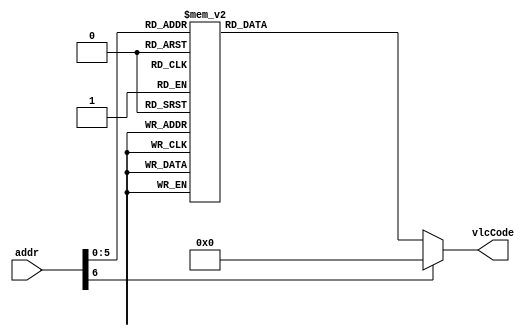
`timescale 1ns / 1ps
//////////////////////////////////////////////////////////////////////////////////
// Company: 
// Engineer: 
// 
// Design Name: 
// Module Name: coeffTokenNumVlcTwo
// Project Name: 
// Target Devices: 
// Tool Versions: 
// Description: 
// 
// Dependencies: 
// 
// Revision:
// Revision 0.01 - File Created
// Additional Comments:
// 
//////////////////////////////////////////////////////////////////////////////////


module coeffTokenNumVlcTwo #(parameter aWIDTH= 7 , vcWIDTH= 8)(
input       [aWIDTH-1  :0] addr,
output  reg [vcWIDTH -1:0] vlcCode
    );
    
    
    always @(*)begin
      case(addr)
                                             // The length is reduced by one from the original size to save the resources 
                                             // if the length is zero and the value is zero this means that no output in the vlc or it's not a cas 
             // T1s =0   NZQs                length-1   value                    
               {2'h0  ,  5'd0}   : vlcCode = {4'd3 ,  4'b1111} ;           // str= "1111"      
               {2'h0  ,  5'd1 }  : vlcCode = {4'd5 ,  4'b1111} ;           // str= "001111"      
               {2'h0  ,  5'd2 }  : vlcCode = {4'd5 ,  4'b1011} ;           // str= "001011"      
               {2'h0  ,  5'd3 }  : vlcCode = {4'd5 ,  4'b1000} ;           // str= "001000"      
               {2'h0  ,  5'd4 }  : vlcCode = {4'd6 ,  4'b1111} ;           // str= "0001111"     
               {2'h0  ,  5'd5 }  : vlcCode = {4'd6 ,  4'b1011} ;           // str= "0001011"     
               {2'h0  ,  5'd6 }  : vlcCode = {4'd6 ,  4'b1001} ;           // str= "0001001"     
               {2'h0  ,  5'd7 }  : vlcCode = {4'd6 ,  4'b1000} ;           // str= "0001000"     
               {2'h0  ,  5'd8 }  : vlcCode = {4'd7 ,  4'b1111} ;           // str= "00001111"    
               {2'h0  ,  5'd9 }  : vlcCode = {4'd7 ,  4'b1011} ;           // str= "00001011"    
               {2'h0  ,  5'd10}  : vlcCode = {4'd8 ,  4'b1111} ;           // str= "000001111"   
               {2'h0  ,  5'd11}  : vlcCode = {4'd8 ,  4'b1011} ;           // str= "000001011"   
               {2'h0  ,  5'd12}  : vlcCode = {4'd8 ,  4'b1000} ;           // str= "000001000"   
               {2'h0  ,  5'd13}  : vlcCode = {4'd9 ,  4'b1101} ;           // str= "0000001101"  
               {2'h0  ,  5'd14}  : vlcCode = {4'd9 ,  4'b1001} ;           // str= "0000001001"  
               {2'h0  ,  5'd15}  : vlcCode = {4'd9 ,  4'b0101} ;           // str= "0000000101"                 
               {2'h0  ,  5'd16}  : vlcCode = {4'd9 ,  4'b0001} ;           // str= "0000000001"
                                                       
                                                 
             // T1s =1   NZQs                length-1   value                    
               {2'h1  ,  5'd0}   : vlcCode = {4'd3 ,  4'b0000} ;           // str= ""  No thing          
               {2'h1  ,  5'd1 }  : vlcCode = {4'd4 ,  4'b1110} ;           // str= "1110"     
               {2'h1  ,  5'd2 }  : vlcCode = {4'd4 ,  4'b1111} ;           // str= "01111"    
               {2'h1  ,  5'd3 }  : vlcCode = {4'd4 ,  4'b1100} ;           // str= "01100"    
               {2'h1  ,  5'd4 }  : vlcCode = {4'd4 ,  4'b1010} ;           // str= "01010"    
               {2'h1  ,  5'd5 }  : vlcCode = {4'd5 ,  4'b1000} ;           // str= "01000"    
               {2'h1  ,  5'd6 }  : vlcCode = {4'd5 ,  4'b1110} ;           // str="001110"     
               {2'h1  ,  5'd7 }  : vlcCode = {4'd6 ,  4'b1010} ;           // str="001010"     
               {2'h1  ,  5'd8 }  : vlcCode = {4'd7 ,  4'b1110} ;           // str="0001110"    
               {2'h1  ,  5'd9 }  : vlcCode = {4'd7 ,  4'b1110} ;           // str="00001110"   
               {2'h1  ,  5'd10}  : vlcCode = {4'd8 ,  4'b1010} ;           // str="00001010"   
               {2'h1  ,  5'd11}  : vlcCode = {4'd8 ,  4'b1110} ;           // str="000001110"  
               {2'h1  ,  5'd12}  : vlcCode = {4'd8 ,  4'b1010} ;           // str="000001010"  
               {2'h1  ,  5'd13}  : vlcCode = {4'd9 ,  4'b0111} ;           // str="000000111"  
               {2'h1  ,  5'd14}  : vlcCode = {4'd9 ,  4'b1100} ;           // str="0000001100   
               {2'h1  ,  5'd15}  : vlcCode = {4'd9 ,  4'b1000} ;           // str="0000001000                  
               {2'h1  ,  5'd16}  : vlcCode = {4'd9 ,  4'b0100} ;           // str="0000000100 
                    
             // T1s =2   NZQs                length-1   value                    
               {2'h0  ,  5'd0}   : vlcCode = {4'd0  ,  4'b0000} ;           // str= ""     No thing         
               {2'h0  ,  5'd1 }  : vlcCode = {4'd0  ,  4'b0000} ;           // str= ""     No thing            
               {2'h0  ,  5'd2 }  : vlcCode = {4'd3  ,  4'b1101} ;           // str= "1101"     
               {2'h0  ,  5'd3 }  : vlcCode = {4'd4  ,  4'b1110} ;           // str= "01110"    
               {2'h0  ,  5'd4 }  : vlcCode = {4'd4  ,  4'b1011} ;           // str= "01011"    
               {2'h0  ,  5'd5 }  : vlcCode = {4'd4  ,  4'b1001} ;           // str= "01001"    
               {2'h0  ,  5'd6 }  : vlcCode = {4'd5  ,  4'b1101} ;           // str= "001101"     
               {2'h0  ,  5'd7 }  : vlcCode = {4'd5  ,  4'b1001} ;           // str= "001001"     
               {2'h0  ,  5'd8 }  : vlcCode = {4'd6  ,  4'b1101} ;           // str= "0001101"    
               {2'h0  ,  5'd9 }  : vlcCode = {4'd6  ,  4'b1010} ;           // str= "0001010"    
               {2'h0  ,  5'd10}  : vlcCode = {4'd7  ,  4'b1101} ;           // str= "00001101"   
               {2'h0  ,  5'd11}  : vlcCode = {4'd7  ,  4'b1001} ;           // str= "00001001"   
               {2'h0  ,  5'd12}  : vlcCode = {4'd8  ,  4'b1101} ;           // str= "000001101"  
               {2'h0  ,  5'd13}  : vlcCode = {4'd8  ,  4'b1001} ;           // str= "000001001"  
               {2'h0  ,  5'd14}  : vlcCode = {4'd9  ,  4'b1011} ;           // str= "0000001011   
               {2'h0  ,  5'd15}  : vlcCode = {4'd9  ,  4'b0111} ;           // str= "0000000111                  
               {2'h0  ,  5'd16}  : vlcCode = {4'd9  ,  4'b0011} ;           // str= "0000000011 
                  
             // T1s =3   NZQs                length-1   value                    
               {2'h0  ,  5'd0}   : vlcCode = {4'd0 ,  4'b0000} ;           // str= ""        No thing         
               {2'h0  ,  5'd1 }  : vlcCode = {4'd0 ,  4'b0000} ;           // str= ""        No thing           
               {2'h0  ,  5'd2 }  : vlcCode = {4'd0 ,  4'b0000} ;           // str= ""        No thing  
               {2'h0  ,  5'd3 }  : vlcCode = {4'd3 ,  4'b1100} ;           // str=  "1100";
               {2'h0  ,  5'd4 }  : vlcCode = {4'd3 ,  4'b1011} ;           // str=  "1011";
               {2'h0  ,  5'd5 }  : vlcCode = {4'd3 ,  4'b1010} ;           // str=  "1010";
               {2'h0  ,  5'd6 }  : vlcCode = {4'd3 ,  4'b1001} ;           // str=  "1001";
               {2'h0  ,  5'd7 }  : vlcCode = {4'd3 ,  4'b1000} ;           // str=  "1000";
               {2'h0  ,  5'd8 }  : vlcCode = {4'd4 ,  4'b1101} ;           // str=  "01101";
               {2'h0  ,  5'd9 }  : vlcCode = {4'd5 ,  4'b1100} ;           // str= "001100";
               {2'h0  ,  5'd10}  : vlcCode = {4'd6 ,  4'b1100} ;           // str= "0001100";
               {2'h0  ,  5'd11}  : vlcCode = {4'd7 ,  4'b1100} ;           // str= "00001100";
               {2'h0  ,  5'd12}  : vlcCode = {4'd7 ,  4'b1000} ;           // str= "00001000";
               {2'h0  ,  5'd13}  : vlcCode = {4'd8 ,  4'b1100} ;           // str= "000001100";
               {2'h0  ,  5'd14}  : vlcCode = {4'd9 ,  4'b1010} ;           // str= "0000001010";
               {2'h0  ,  5'd15}  : vlcCode = {4'd9 ,  4'b0110} ;           // str= "0000000110";                
               {2'h0  ,  5'd16}  : vlcCode = {4'd9 ,  4'b0010} ;           // str= "0000000010";
                                  
                default:vlcCode = 8'h00;
            endcase    
    end   
endmodule